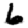
Digit: 6